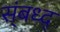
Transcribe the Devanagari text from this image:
स्ंबध्द्